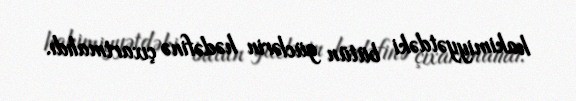
hakimiyyətdəki bütün güclərin hədəfinə çıxartmalıdı.